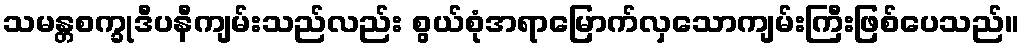
သမန္တစက္ခုဒီပနီကျမ်းသည်လည်း စွယ်စုံအရာမြောက်လှသောကျမ်းကြီးဖြစ်ပေသည်။